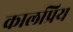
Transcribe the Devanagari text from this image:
कालप्रिय